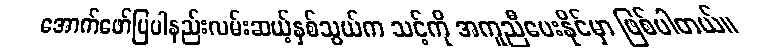
အောက်ဖော်ပြပါနည်းလမ်းဆယ့်နှစ်သွယ်က သင့်ကို အကူညီပေးနိုင်မှာ ဖြစ်ပါတယ်။